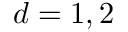
d = 1 , 2